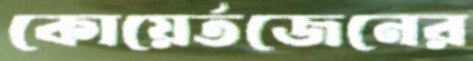
কোয়ের্তজেনের